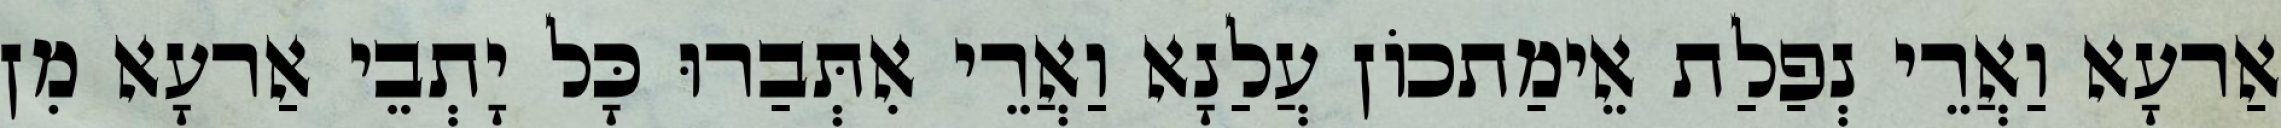
אַרעָא וַאֲרֵי נְפַלַת אֵימַתכוֹן עֲלַנָא וַאֲרֵי אִתְּבַרוּ כָּל יָתְבֵי אַרעָא מִן